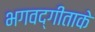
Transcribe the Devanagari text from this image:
भगवद्गीताके